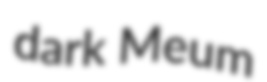
dark Meum